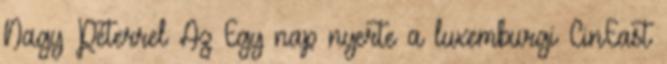
Nagy Péterrel Az Egy nap nyerte a luxemburgi CinEast